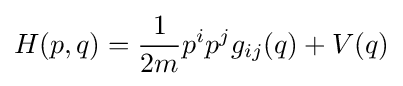
H(p,q)={\frac {1}{2m}}p^{i}p^{j}g_{ij}(q)+V(q)